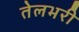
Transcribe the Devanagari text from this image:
तेलभरी